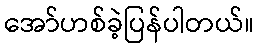
အော်ဟစ်ခဲ့ပြန်ပါတယ်။